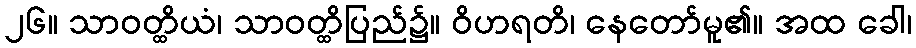
၂၆။ သာဝတ္ထိယံ၊ သာဝတ္ထိပြည်၌။ ဝိဟရတိ၊ နေတော်မူ၏။ အထ ခေါ၊